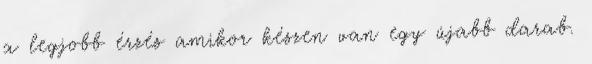
a legjobb érzés amikor készen van egy újabb darab.